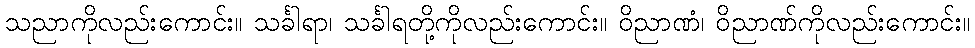
သညာကိုလည်းကောင်း။ သင်္ခါရာ၊ သင်္ခါရတို့ကိုလည်းကောင်း။ ဝိညာဏံ၊ ဝိညာဏ်ကိုလည်းကောင်း။